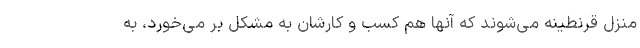
منزل قرنطینه می‌شوند که آنها هم کسب و کارشان به مشکل بر می‌خورد، به